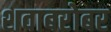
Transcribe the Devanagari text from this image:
शवाबरोबर